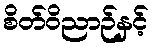
စိတ်ဝိညာဉ်နှင့်